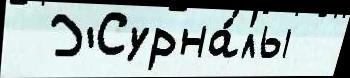
 Журна́лы